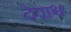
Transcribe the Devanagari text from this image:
देवाश्च